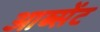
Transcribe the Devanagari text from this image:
आब्सेंट